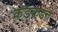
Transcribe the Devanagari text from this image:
कडकडते